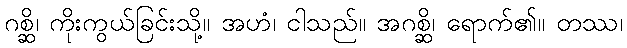
ဂစ္ဆိ၊ ကိုးကွယ်ခြင်းသို့။ အဟံ၊ ငါသည်။ အဂစ္ဆိ၊ ရောက်၏။ တဿ၊